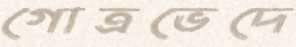
গোত্রভেদে